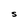
Character: S